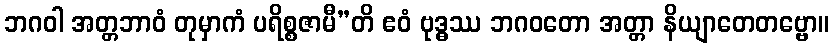
ဘဂဝါ အတ္တဘာဝံ တုမှာကံ ပရိစ္စဇာမီ”တိ ဧဝံ ဗုဒ္ဓဿ ဘဂဝတော အတ္တာ နိယျာတေတဗ္ဗော။